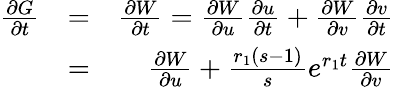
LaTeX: \begin{array}{rlr}{\frac{\partial G}{\partial t}}&{=}&{\frac{\partial W}{\partial t}=\frac{\partial W}{\partial u}\frac{\partial u}{\partial t}+\frac{\partial W}{\partial v}\frac{\partial v}{\partial t}}\\ &{=}&{\frac{\partial W}{\partial u}+\frac{r_{1}(s-1)}{s}e^{r_{1}t}\frac{\partial W}{\partial v}}\end{array}